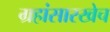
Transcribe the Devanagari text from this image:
ग्रहांसारखेच